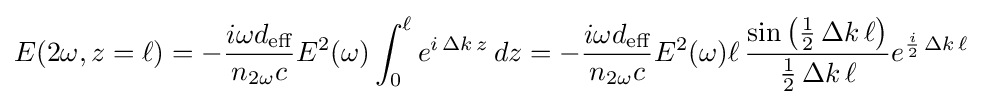
E(2\omega ,z=\ell )=-{\frac {i\omega d_{\text{eff}}}{n_{2\omega }c}}E^{2}(\omega )\int _{0}^{\ell }e^{i\,\Delta k\,z}\,dz=-{\frac {i\omega d_{\text{eff}}}{n_{2\omega }c}}E^{2}(\omega )\ell \,{\frac {\sin \left({\frac {1}{2}}\,\Delta k\,\ell \right)}{{\frac {1}{2}}\,\Delta k\,\ell }}e^{{\frac {i}{2}}\,\Delta k\,\ell }